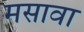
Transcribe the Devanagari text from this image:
मसावा